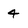
Character: 4